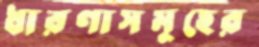
ধারণাসমূহের